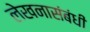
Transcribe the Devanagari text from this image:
लेखनासंबंधी